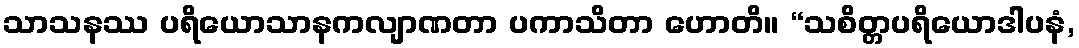
သာသနဿ ပရိယောသာနကလျာဏတာ ပကာသိတာ ဟောတိ။ “သစိတ္တပရိယောဒါပနံ,